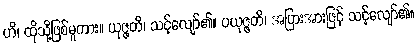
ဟိ၊ ထိုသို့ဖြစ်မူကား။ ယုဇ္ဇတိ၊ သင့်လျော်၏။ ပယုဇ္ဇတိ၊ အပြားအားဖြင့် သင့်လျော်၏။